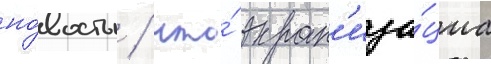
но́вость / что́ экран'иза́циа